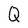
Character: Q